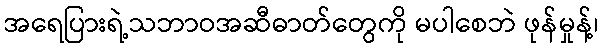
အရေပြားရဲ့သဘာဝအဆီဓာတ်တွေကို မပါစေဘဲ ဖုန်မှုန့်၊